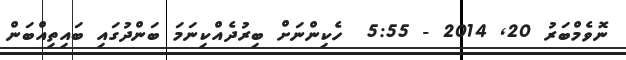
ނޮވެމްބަރު 20